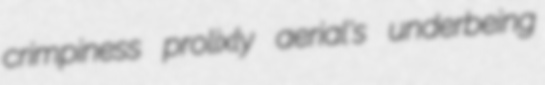
crimpiness prolixly aerial's underbeing